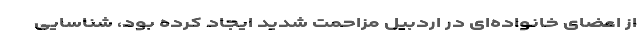
از اعضای خانواده‌ای در اردبیل مزاحمت شدید ایجاد کرده بود، شناسایی